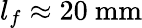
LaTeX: l_{f}\approx 20~\textrm{mm}